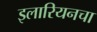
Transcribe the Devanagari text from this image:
इलारियनचा